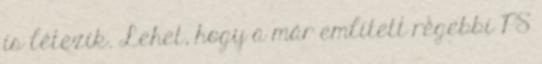
is létezik. Lehet, hogy a már említett régebbi PS